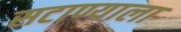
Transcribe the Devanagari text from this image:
सटाण्याला